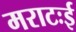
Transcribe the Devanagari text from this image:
मराटःई